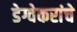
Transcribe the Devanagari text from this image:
डेग्वेकरांचे